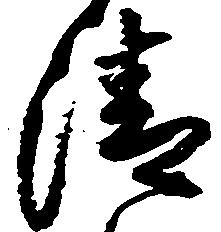
清